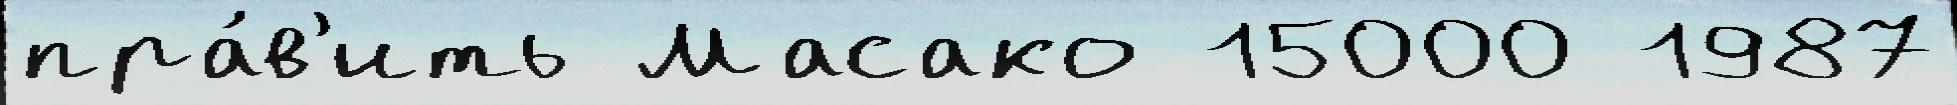
пра́в'ить Масако 15000 1987